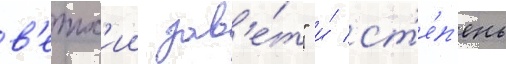
в'етх'ии зав'е́т" и́ ст'е́п'ень